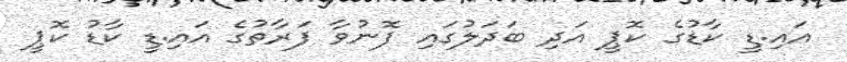
އައި.ޑީ ކާޑުގެ ކޮޕީ އަދި ބަދަލުގައި ފޮނުވާ ފަރާތުގެ އައި.ޑީ ކާޑު ކޮޕީ